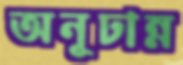
অনূঢান্ন